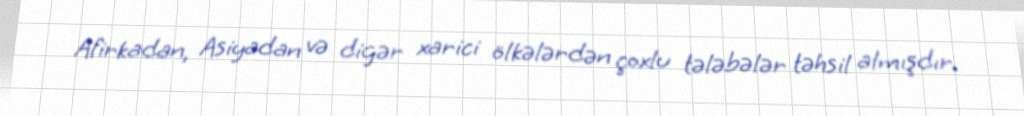
Afirkadan, Asiyadan və digər xarici ölkələrdən çoxlu tələbələr təhsil almışdır.